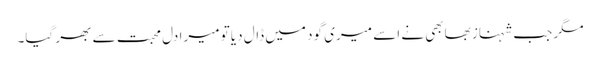
مگر جب شہناز بھابھی نے اسے میری گود میں ڈال دیا تو میرا دل محبت سے بھر گیا۔